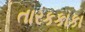
તારકકાકા